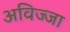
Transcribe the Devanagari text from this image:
अविज्जा